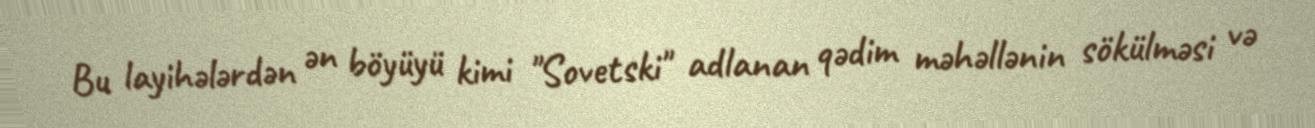
Bu layihələrdən ən böyüyü kimi "Sovetski" adlanan qədim məhəllənin sökülməsi və